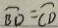
\widehat { B D } = \widehat { C D }